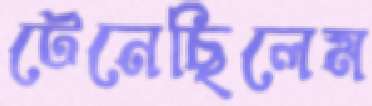
টেনেছিলেম